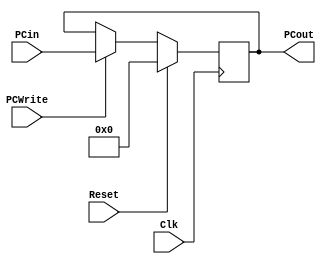
`timescale 1ns / 1ps
//////////////////////////////////////////////////////////////////////////////////
// Company: 
// Engineer: 
// 
// Design Name: 
// Module Name:    PCRegister 
// Project Name: 
// Target Devices: 
// Tool versions: 
// Description: 
//
// Dependencies: 
//
// Revision: 
// Revision 0.01 - File Created
// Additional Comments: 
//
//////////////////////////////////////////////////////////////////////////////////
module PCRegister(
    input [15:0] PCin,
	 input PCWrite,
    input Clk,
	 input Reset,
    output reg [15:0] PCout
    );

	
	
	always@(posedge Clk) begin
		if (Reset)
			PCout <= 0;
		else if (PCWrite) 
			PCout <= PCin;
	end
	
endmodule